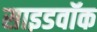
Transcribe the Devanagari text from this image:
साइडवॉक